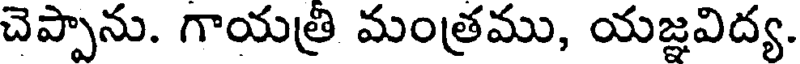
చెప్పాను. గాయత్రి మంత్రము, యజ్ఞవిద్య.